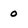
Character: 0